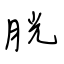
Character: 胱